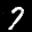
Label: 7